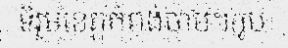
ទីរួមខេត្តកំពង់ចាម។(រូប